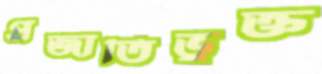
প্রজাতিভুক্ত